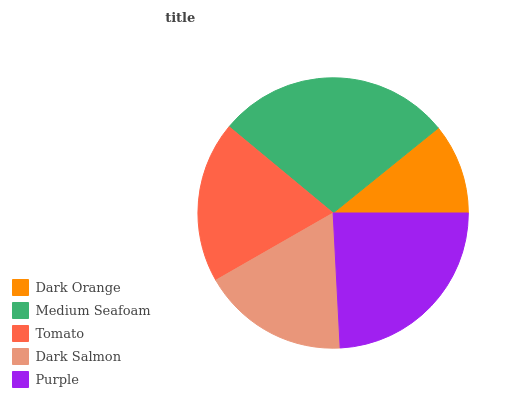
| Dark Orange | Medium Seafoam | Tomato | Dark Salmon | Purple |
 | --- | --- | --- | --- | --- |
 | 10.8% | 28.2% | 19.3% | 17.5% | 24.2% |